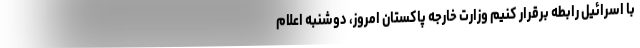
با اسرائیل رابطه برقرار کنیم وزارت خارجه پاکستان امروز، دوشنبه اعلام